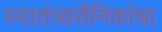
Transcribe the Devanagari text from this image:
स्वातंत्र्यसैनिकांचा